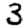
Digit: 3